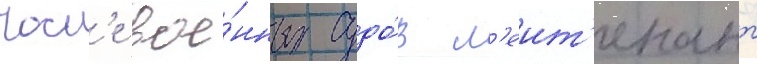
Посл'е вое́нных судо́в л'еит'енант